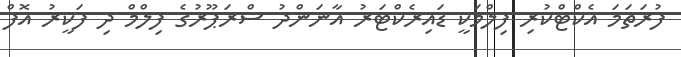
ފުރަތަމަ އެކްޓްކުރި ފިލްމަކީ ޑައިރެކްޓަރު އާނަންދު ސްރަޕޫރުގެ ފިލްމް ދި ފަކީރު އޮފް